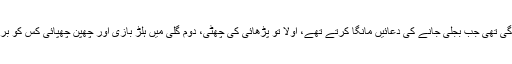
کیا سادہ زندگی تھی جب بجلی جانے کی دعائیں مانگا کرتے تھے، اولاً تو پڑھائی کی چھٹی، دوم گلی میں ہلڑ بازی اور چھپن چھپائی کس کو بری لگتی ہے۔